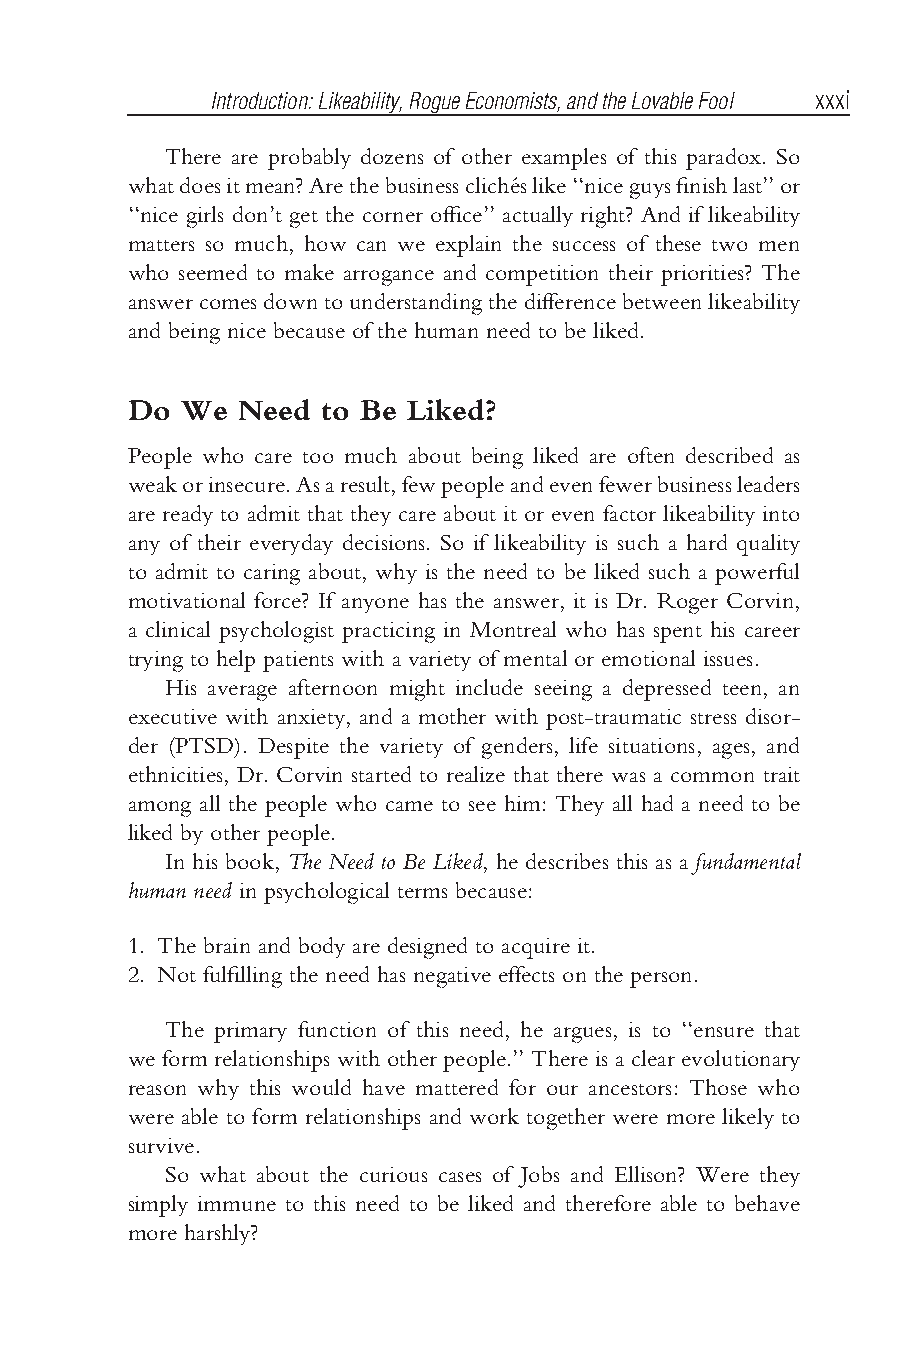
Bhargava flast3.tex V3-04/06/2012 11:22A.M. Pagexxxi
 Introduction:Likeability,RogueEconomists,andtheLovableFool xxxi
 There are probably dozens of other examples of this paradox. So
 whatdoesitmean?Arethebusinesscliche´slike‘‘niceguysfinishlast’’or
 ‘‘nice girls don’t get the corner office’’ actually right? And if likeability
 matters so much, how can we explain the success of these two men
 who seemed to make arrogance and competition their priorities? The
 answercomesdowntounderstandingthedifferencebetweenlikeability
 and being nice because of the human need to be liked.
 Do We  Need to Be Liked?
 People who care too much about being liked are often described as
 weakorinsecure.Asaresult,fewpeopleandevenfewerbusinessleaders
 are ready to admit that they care about it or even factor likeability into
 any of their everyday decisions. So if likeability is such a hard quality
 to admit to caring about, why is the need to be liked such a powerful
 motivational force? If anyone has the answer, it is Dr. Roger Corvin,
 a clinical psychologist practicing in Montreal who has spent his career
 trying to help patients with a variety of mental or emotional issues.
 His average afternoon might include seeing a depressed teen, an
 executive with anxiety, and a mother with post-traumatic stress disor-
 der (PTSD). Despite the variety of genders, life situations, ages, and
 ethnicities, Dr. Corvin started to realize that there was a common trait
 among all the people who came to see him: They all had a need to be
 liked by other people.
 In his book, The Need to Be Liked, he describes this as a fundamental
 human need in psychological terms because:
 1. The brain and body are designed to acquire it.
 2. Not fulfilling the need has negative effects on the person.
 The primary function of this need, he argues, is to ‘‘ensure that
 we form relationships with other people.’’ There is a clear evolutionary
 reason why this would have mattered for our ancestors: Those who
 were able to form relationships and work together were more likely to
 survive.
 So what about the curious cases of Jobs and Ellison? Were they
 simply immune to this need to be liked and therefore able to behave
 more harshly?